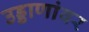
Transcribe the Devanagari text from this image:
उड्डाणांवर